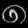
Digit: ၈